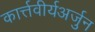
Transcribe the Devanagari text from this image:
कार्त्तवीर्यअर्जुन